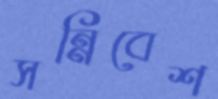
সন্নিবেশ